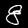
Digit: 8